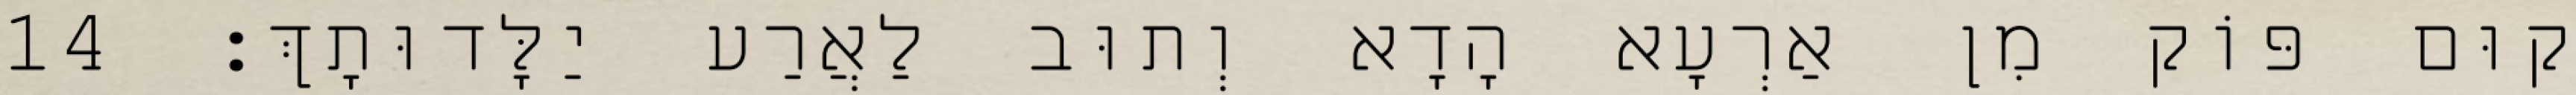
קוּם פּוֹק מִן אַרְעָא הָדָא וְתוּב לַאֲרַע יַלָּדוּתָךְ׃ 14